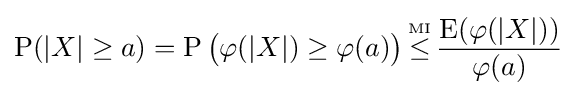
\operatorname {P} (|X|\geq a)=\operatorname {P} {\big (}\varphi (|X|)\geq \varphi (a){\big )}\,{\overset {\underset {\mathrm {MI} }{}}{\leq }}\,{\frac {\operatorname {E} (\varphi (|X|))}{\varphi (a)}}